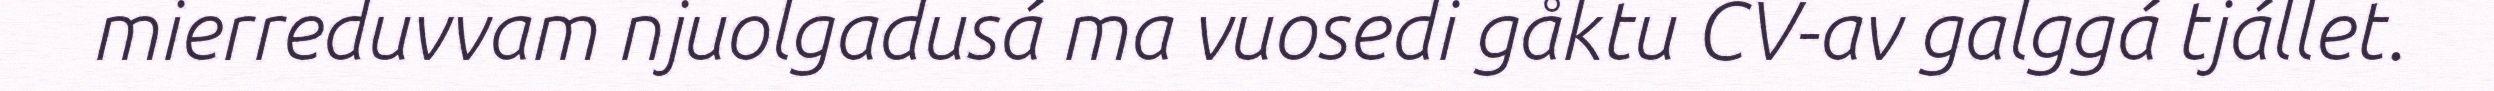
mierreduvvam njuolgadusá ma vuosedi gåktu CV-av galggá tjállet.